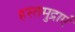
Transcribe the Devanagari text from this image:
हस्तमुद्राएं